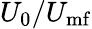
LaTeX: U_{\mathrm{0}}/U_{\mathrm{mf}}